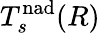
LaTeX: T_{s}^{\mathrm{nad}}(R)